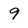
Character: 9